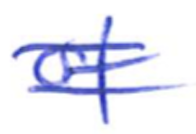
Text: of
Cross-out: double-line
Writing tool: ballpoint